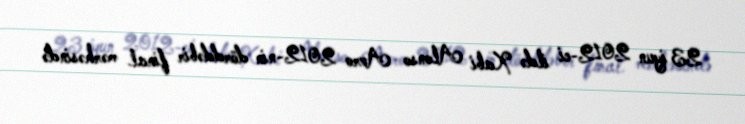
23 iyun 2012-ci ildə Xabi Alonso Avro 2012-nin dörddəbir final mərhəsində